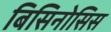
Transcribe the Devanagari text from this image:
बिसिनोसिस